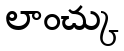
లాంచ్కు